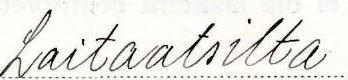
Laitaatsilta